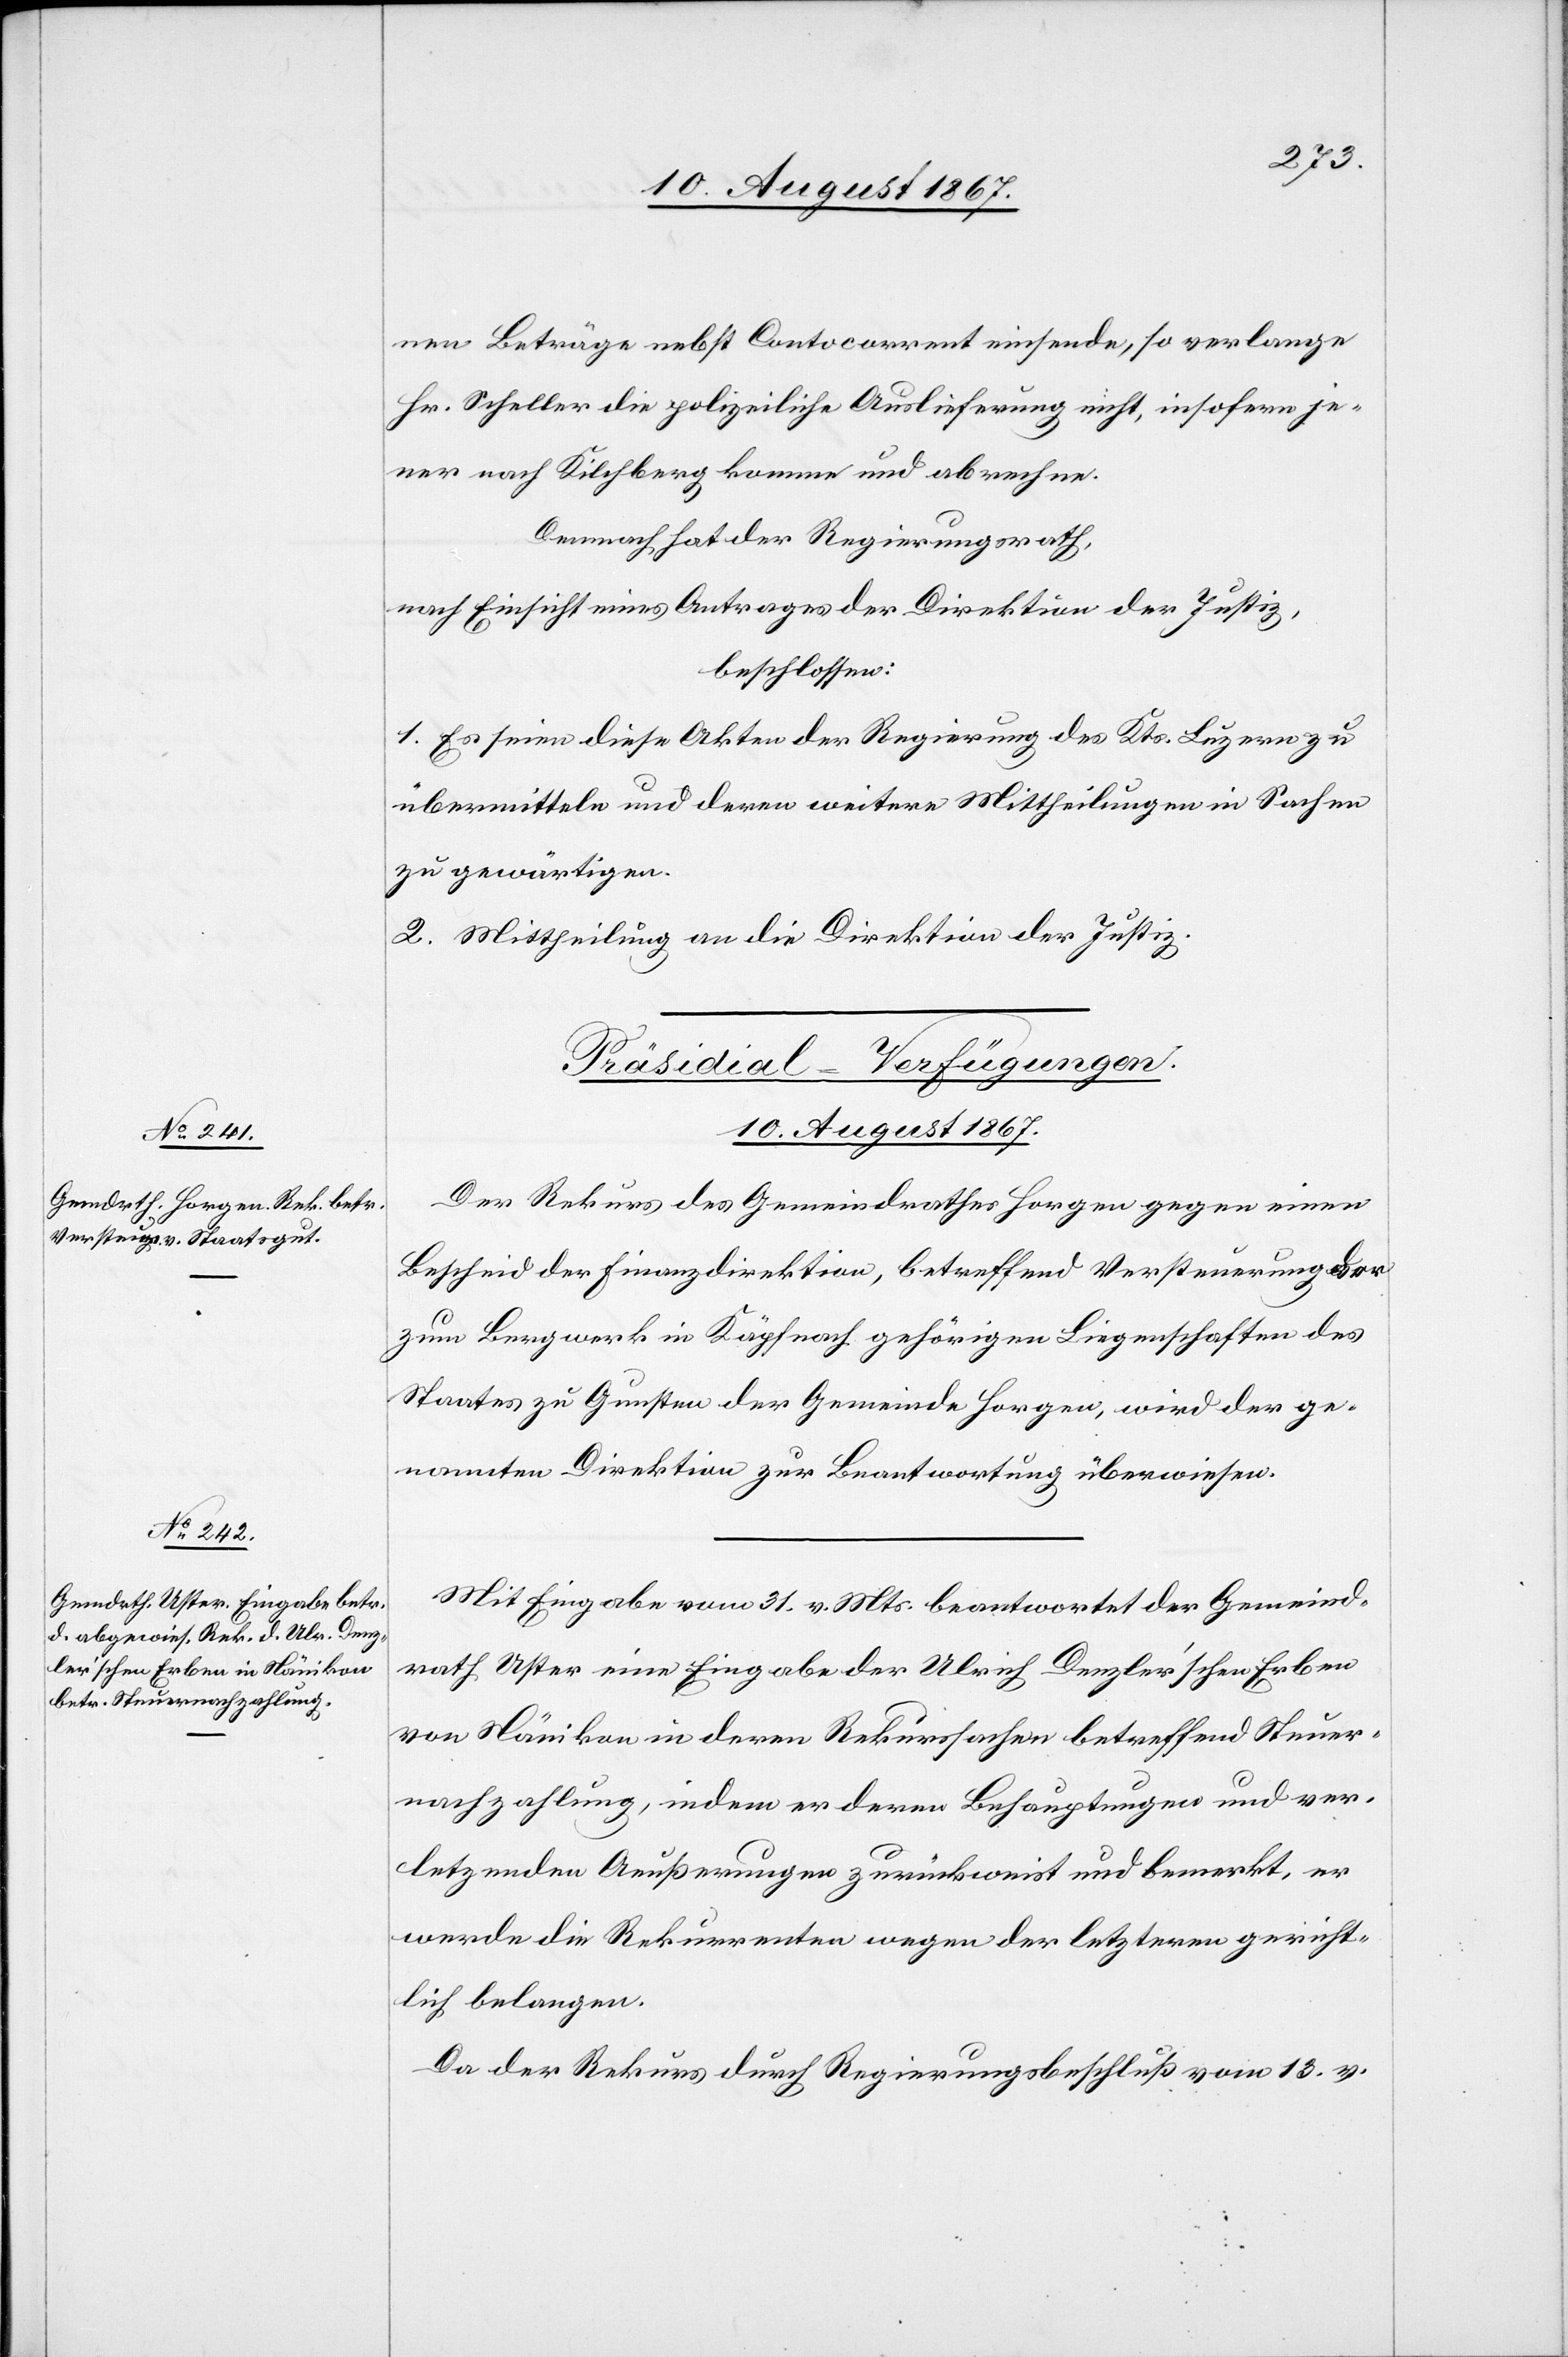
10. August 1867.]
nen Beträge nebst Contocurrent einsende, so verlange
Hr. Scheller die polizeiliche Auslieferung nicht, insoferne je¬
ner nach Kilchberg komme und abrechne.
Demnach hat der Regierungsrath,
nach Einsicht eines Antrages der Direktion der Justiz,
beschloßen:
1. Es seien diese Akten der Regierung des Kts. Luzern zu
übermitteln und deren weitern Mittheilungen in Sachen
zu gewärtigen.
2. Mittheilung an die Direktion der Justiz.
[Präsidial-Verfügungen.
Der Rekurs des Gemeindrathes Horgen gegen einen
Bescheid der Finanzdirektion, betreffend Versteuerung der
zum Bergwerk in Käpfnach gehörigen Liegenschaften des
Staates zu Gunsten der Gemeinde Horgen, wird der ge¬
nannten Direktion zur Beantwortung überwiesen.
Mit Eingabe vom 31. v. Mts. beantwortet der Gemeind¬
rath Uster eine Eingabe der Ulrich Denzler’schen Erben
von Nänikon in deren Rekurssachen betreffend Steuer¬
nachzahlung, indem er deren Behauptungen und ver¬
letzenden Aeußerungen zurückweist und bemerkt, er
werde die Rekurrenten wegen der letztern gericht¬
lich belangen.
Da der Rekurs durch Regierungsbeschluß vom 13. v.